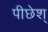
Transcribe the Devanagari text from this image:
पीछेश्